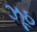
ઝૂઠ